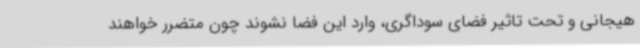
هیجانی و تحت تاثیر فضای سوداگری، وارد این فضا نشوند چون متضرر خواهند